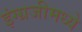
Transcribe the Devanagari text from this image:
इंग्ग्रजीमध्ये